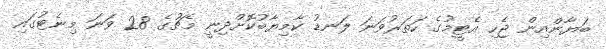
ބަޔާންއިން ޖެހި އެޓީމުގެ ހަތަރުވަނަ ލަނޑު ކާމިޔާބުކޮށްދިނީ މެޗުގެ 28 ވަނަ މިނެޓުގައި